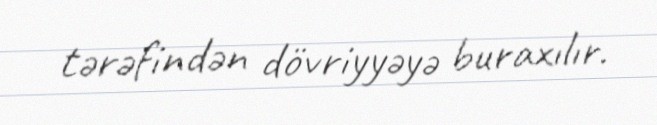
tərəfindən dövriyyəyə buraxılır.